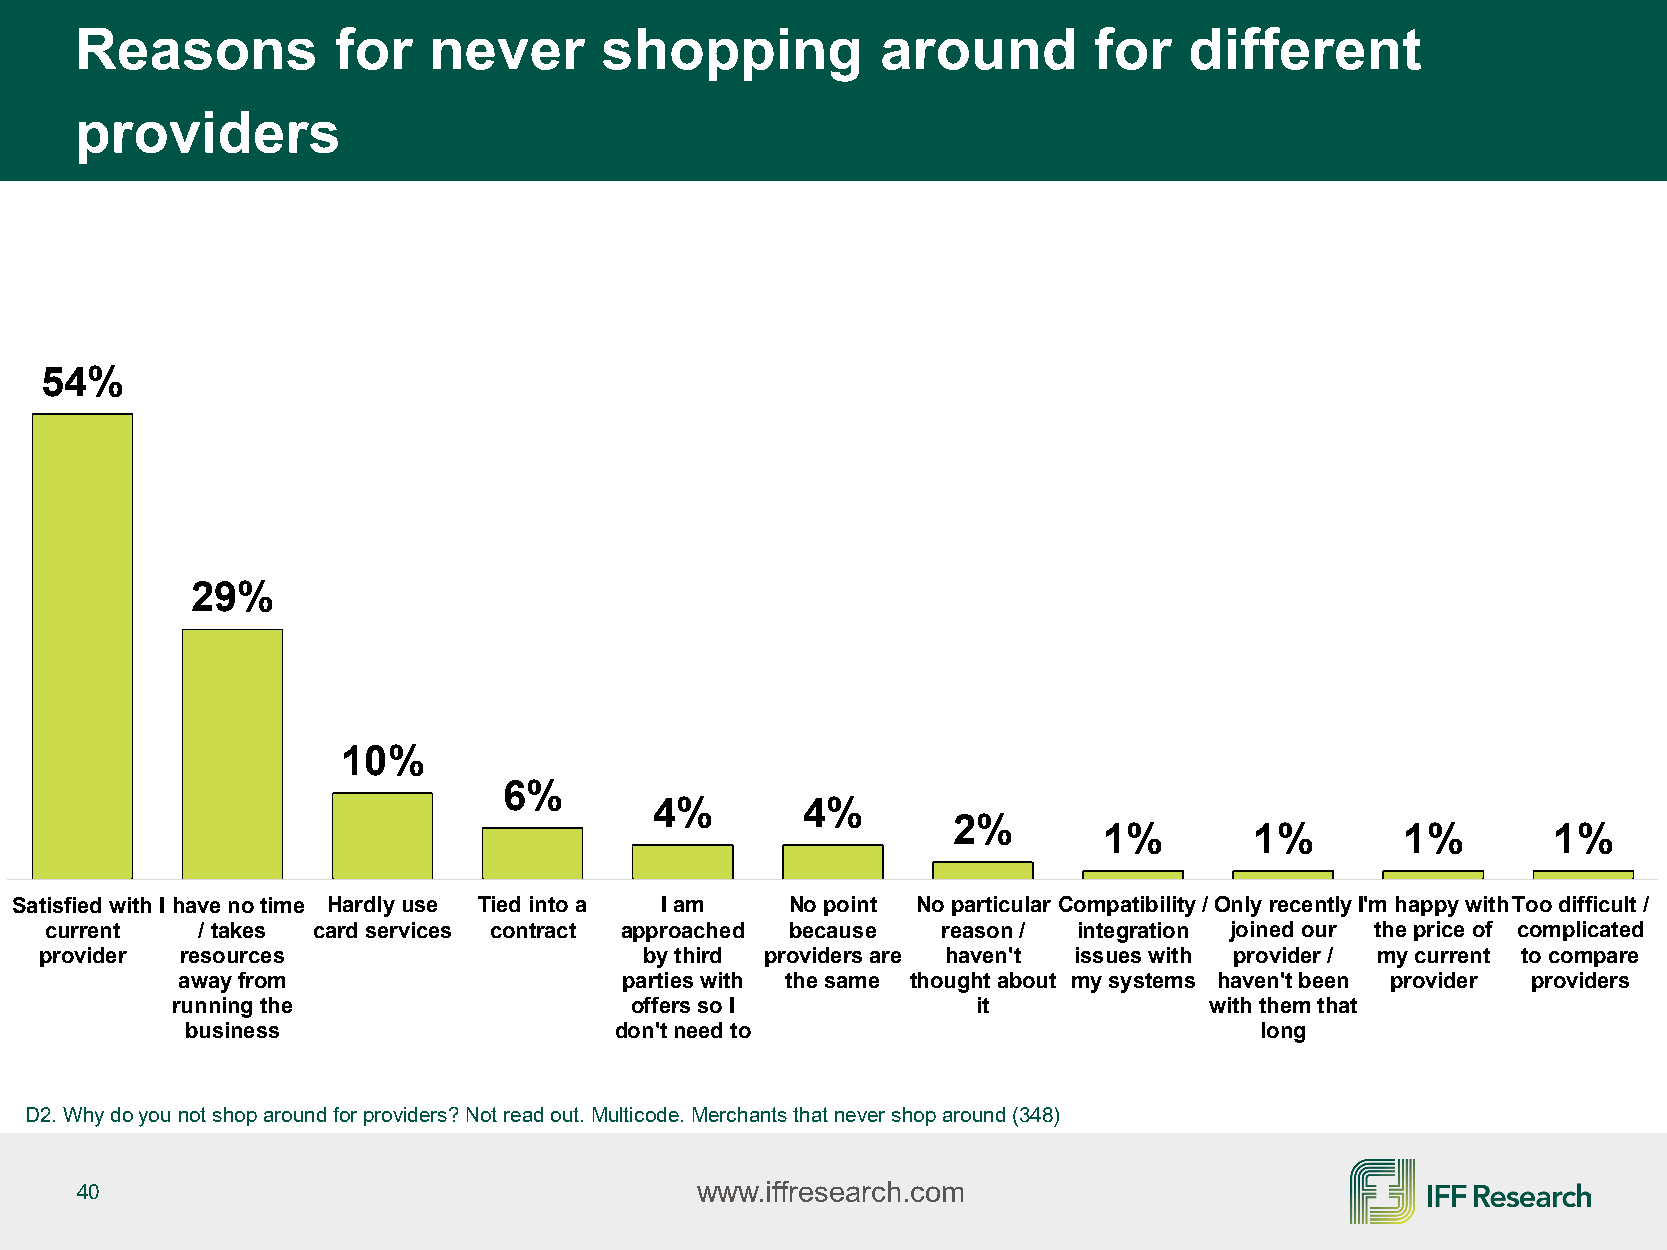
Reasons          for   never       shopping          around        for    different
 providers
 54%
 29%
 10%
 6%
 4%        4%
 2%
 1%        1%        1%        1%
 Satisfied with I have no time Hardly use Tied into a I am No point No particular Compatibility /Only recentlyI'm happy withToo difficult /
 current   / takes card services contract approached because reason / integration joined our the price of complicated
 provider resources                      by third providers are haven't issues with provider / my current to compare
 away from                    parties with the same thought about my systems haven't been provider providers
 running the                    offers so I            it             with them that
 business                     don't need to                             long
 D2. Why do you not shop around for providers? Not read out. Multicode. Merchants that never shop around (348)
 40                                       www.iffresearch.com